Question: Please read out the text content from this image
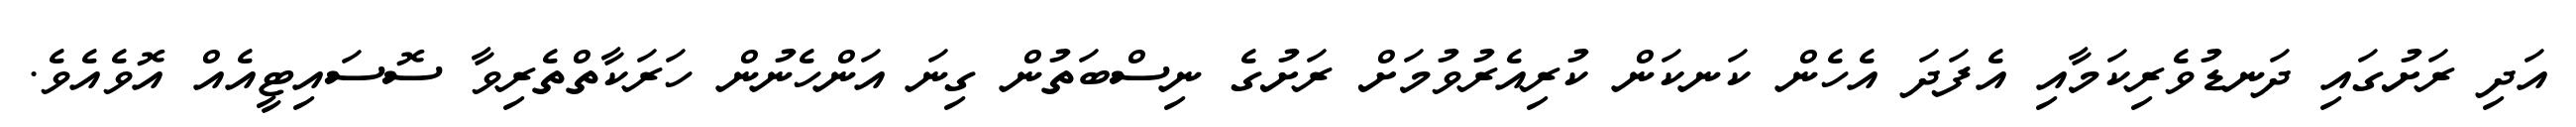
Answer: އަދި ރަށުގައި ދަނޑުވެރިކަމާއި އެފަދަ އެހެން ކަނކަން ކުރިއެރުވުމަށް ރަށުގެ ނިސްބަތުން ގިނަ އަންހެނުން ހަރަކާތްތެރިވާ ސޮސައިޓީއެއް އޮވެއެވެ.